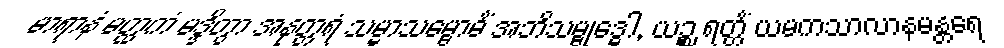
မာရာနံ မတ္ထကံ မဒ္ဒိတွာ အနုတ္တရံ သမ္မာသမ္ဗောဓိံ အဘိသမ္ဗုဒ္ဓေါ, ယဉ္စ ရတ္တိံ ယမကသာလာနမန္တရေ